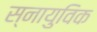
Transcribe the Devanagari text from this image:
स्नायुविक